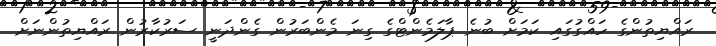
ރައްޔިތުންގެ ހައްގުގައި ކަމަށް ބުނެ ޕާލަމެންޓްގެ ގިނަ މެންބަރުން ގެންދަނީ ސަރުކާރުން ރައްޔިތުންނަށް